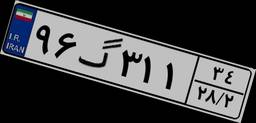
۲۲گ۹۹۹۰۹